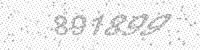
Solution: 891899